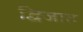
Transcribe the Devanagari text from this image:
द्विजात